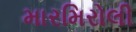
મારમિરોલી